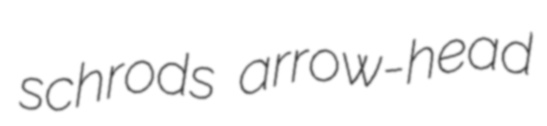
schrods arrow-head